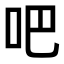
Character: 吧